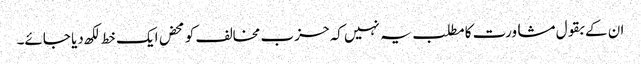
ان کے بقول مشاورت کا مطلب یہ نہیں کہ حزب مخالف کو محض ایک خط لکھ دیا جائے۔